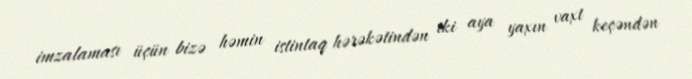
imzalaması üçün bizə həmin istintaq hərəkətindən iki aya yaxın vaxt keçəndən